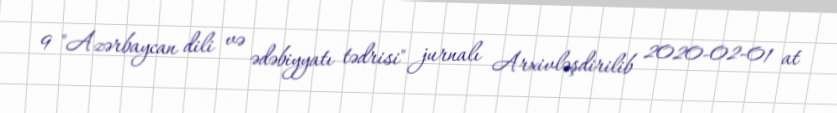
9 "Azərbaycan dili və ədəbiyyatı tədrisi" jurnalı Arxivləşdirilib 2020-02-01 at